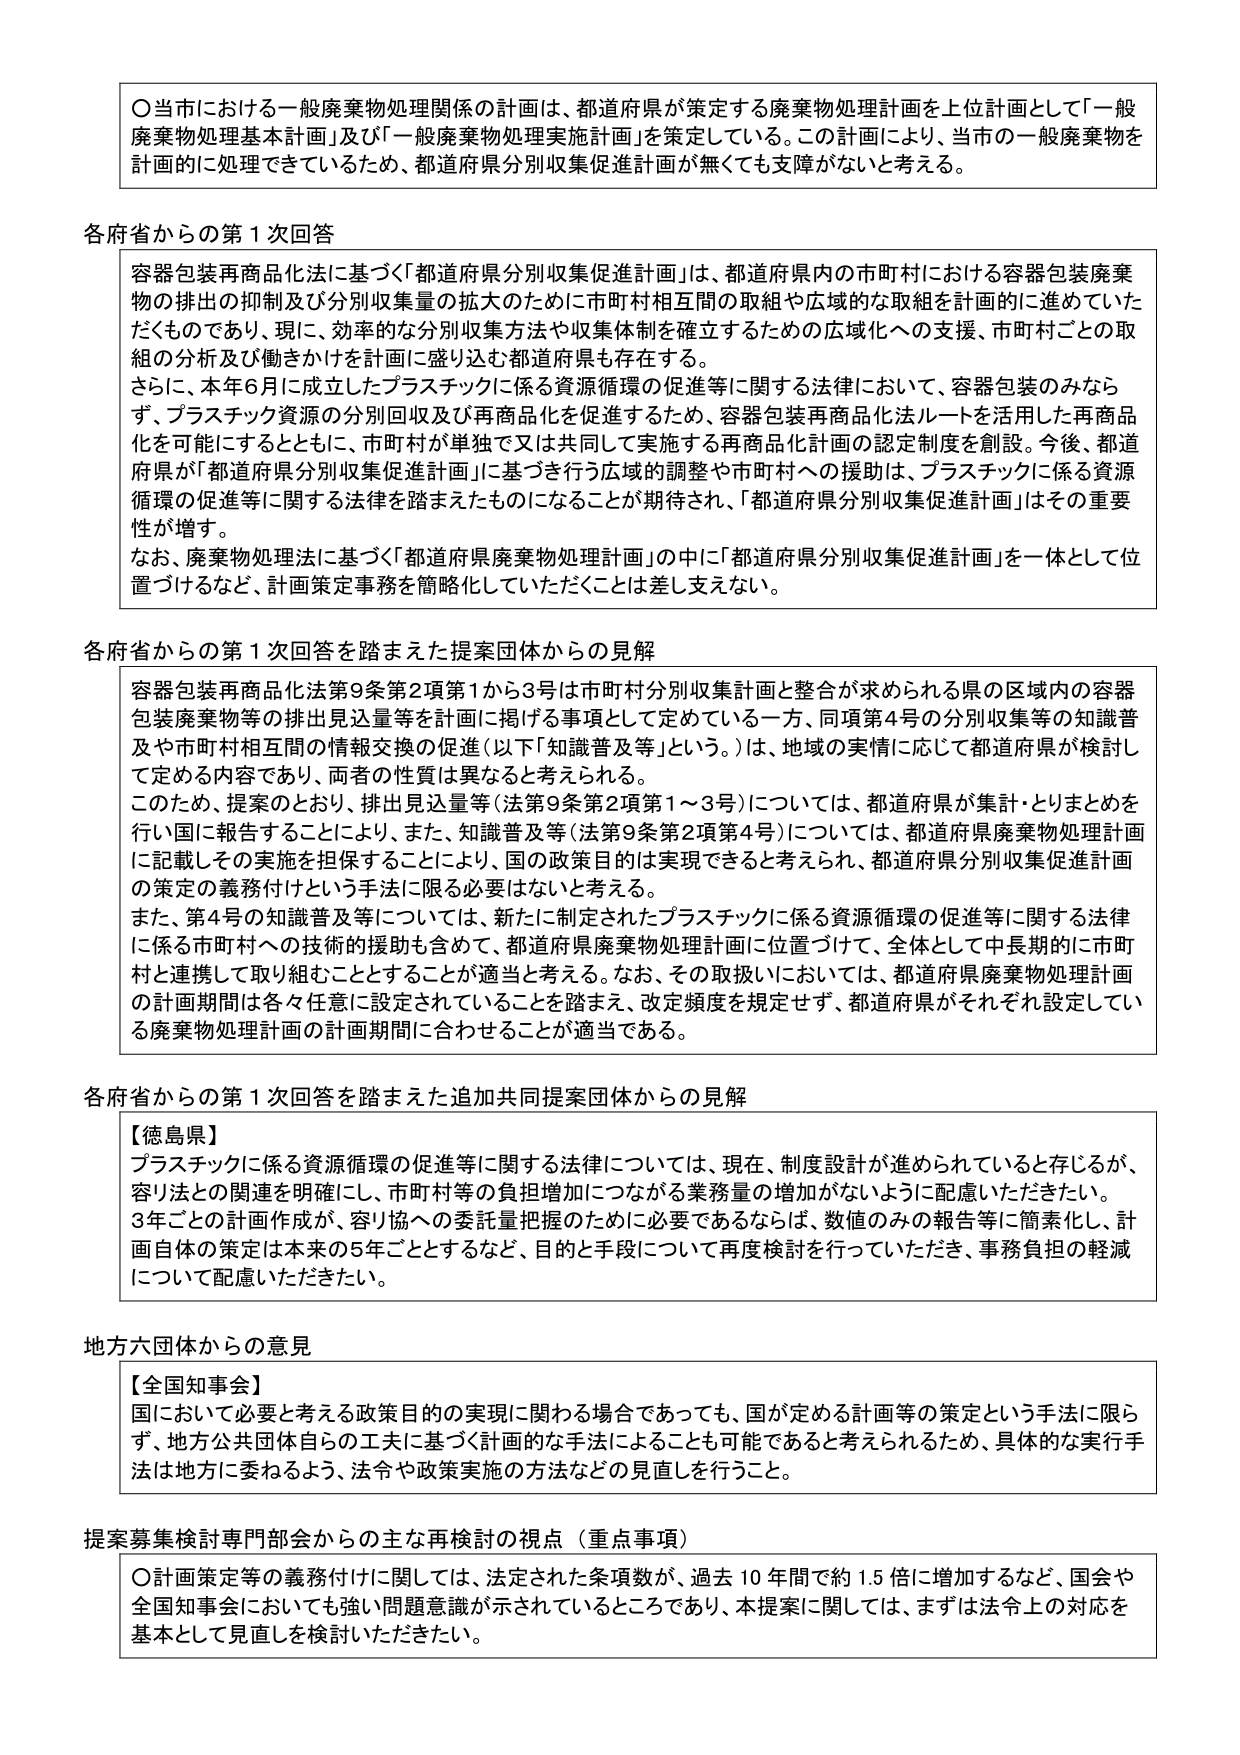
〇当市における一般廃棄物処理関係の計画は、都道府県が策定する廃棄物処理計画を上位計画として「一般廃棄物処理基本計画」及び「一般廃棄物処理実施計画」を策定している。この計画により、当市的一般廃棄物を計画的に処理できているため、都道府県分別収集促進計画が無くても支障がないと考える。

各府省からの第1次回答

容器包装再商品化に基づく「都道府県分別収集促進計画」は、都道府県内の市町村における容器包装廃棄物の排出の抑制及び分別収集量の拡大のために市町村相互間の取組や広域的な取組を計画的に進めていただいているものであり、現に、効率的な分別収集方法や収集体制を確立するための広域化への支援、市町村ごとの取組の分析及び働きかけを計画に盛り込む都道府県も存在する。
さらに、本年6月に成立したプラスチックに係る資源循環の促進等に関する法律において、容器包装のみならず、プラスチック資源の分別回収及び再商品化を促進するため、容器包装再商品化法ルートを活用した再商品化を可能にするとともに、市町村が単独で又は共同して実施する再商品化計画の認定制度を創設。今後、都道府県が「都道府県分別収集促進計画」に基づきを行う広域的調整や市町村への援助は、プラスチックに係る資源循環の促進等に関する法律を踏まえたものになることが期待され、「都道府県分別収集促進計画」はその重要性が増す。
なお、廃棄物処理法に基づく「都道府県廃棄物処理計画」の中に「都道府県分別収集促進計画」を一体として位置づけるなど、計画策定事務を簡略化していただくことは差し支えない。

各府省からの第1次回答を踏まえた提案団体からの見解

容器包装再商品化法第9条第2項第1から3号は市町村分別収集計画と整合が求められる県の区域内の容器包装廃棄物等の排出見込量等を計画に掲げる事項として定めている一方、同項第4号の分別収集等の知識普及や市町村相互間の情報交換の促進（以下「知識普及等」という。）は、地域の実情に応じて都道府県が検討して定める内容であり、両者の性質は異なると考えられる。
このため、提案のとおり、排出見込量等（法第9条第2項第1～3号）については、都道府県が集計・とりまとめを行い国に報告することにより、また、知識普及等（法第9条第2項第4号）については、都道府県廃棄物処理計画に記載しその実施を担保することにより、国の政策目的は実現できると考えられ、都道府県分別収集促進計画の策定の義務付けという手法に限る必要はないと考える。
また、第4号の知識普及等については、新たに制定されたプラスチックに係る資源循環の促進等に関する法律に係る市町村への技術的援助も含めて、都道府県廃棄物処理計画に位置づけて、全体として中長期的に市町村と連携して取り組むこととすることが適当と考える。なお、その取扱いにおいては、都道府県廃棄物処理計画の計画期間は各々任意に設定されていることを踏まえ、改定頻度を規定せず、都道府県がそれぞれ設定している廃棄物処理計画の計画期間に合わせることが適当である。

各府省からの第1次回答を踏まえた追加共同提案団体からの見解

【徳島県】
プラスチックに係る資源循環の促進等に関する法律については、現在、制度設計が進められていると存じるが、容リ法との関連を明確にし、市町村等の負担増加につながる業務量の増加がないように配慮いただきたい。
3年ごとの計画作成が、容リ協への委託量把握のために必要であるならば、数値のみの報告等に簡素化し、計画自体の策定は本来の5年ごととするなど、目的と手段について再度検討を行っていただき、事務負担の軽減について配慮いただきたい。

地方六団体からの意見

【全国知事会】
国において必要と考える政策目的の実現に関わる場合であっても、国が定める計画等の策定という手法に限らず、地方公共団体自らの工夫に基づく計画的な手法によることも可能であると考えられるため、具体的な実行手法は地方に委ねるよう、法令や政策実施の方法などの見直しを行うこと。

提案募集検討専門部会からの主な再検討の視点（重点事項）

〇計画策定等の義務付けに関しては、法定された条項数が、過去10年間で約1.5倍に増加するなど、国会や全国知事会においても強い問題意識が示されているところであり、本提案に関しては、まずは法令上の対応を基本として見直しを検討いただきたい。